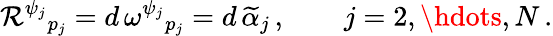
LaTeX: \mathcal{R}^{\psi_{j}}{}_{p_{j}}=d\, \omega^{\psi_{j}}{}_{p_{j}}=d\, \widetilde{\alpha}_{j}\, ,\qquad j=2,\hdots,N\, .